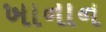
ખાનાન